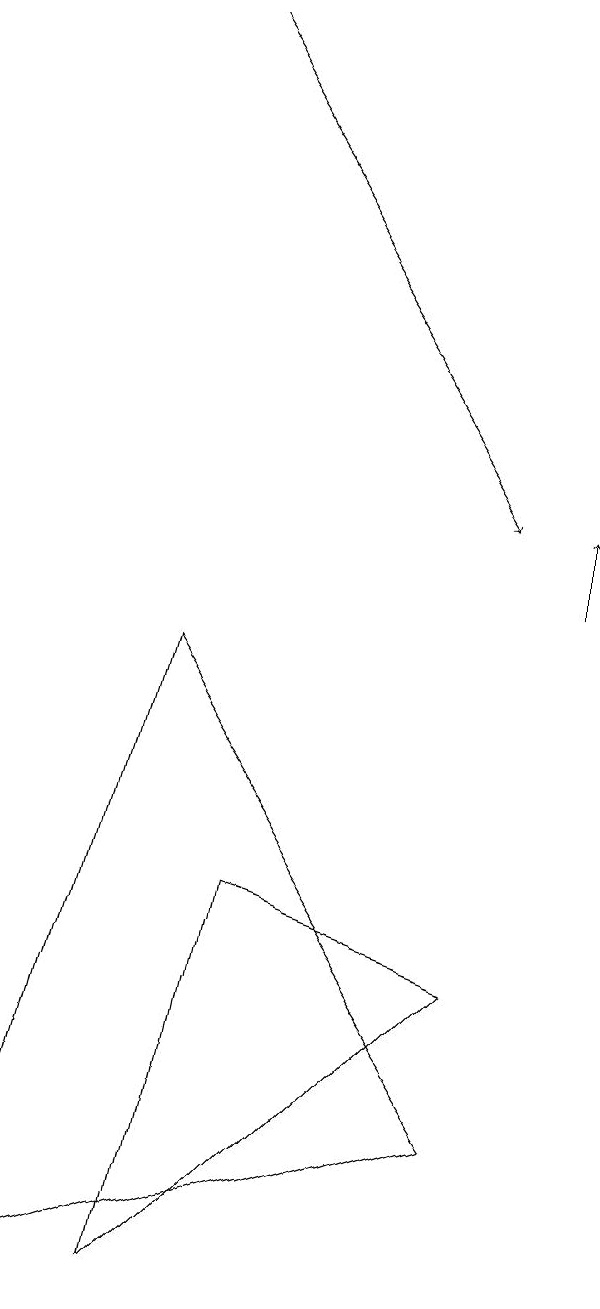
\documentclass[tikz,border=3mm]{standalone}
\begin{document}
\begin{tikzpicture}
\draw (8,5) -- (5,6) -- (4,1) -- cycle;
\draw (2,1) -- (8,3) -- (4,9) -- cycle;
\draw[->] (4,17) -- (8,11);
\draw[->] (9,10) -- (9,11);
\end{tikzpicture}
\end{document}